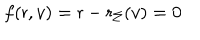
f ( { \sf r } , v ) = { \sf r } - { \sf r } _ { \Sigma } ( v ) = 0